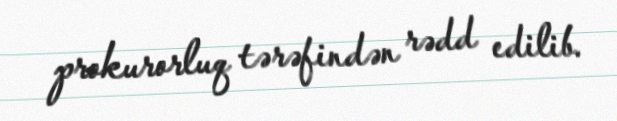
prokurorluq tərəfindən rədd edilib.